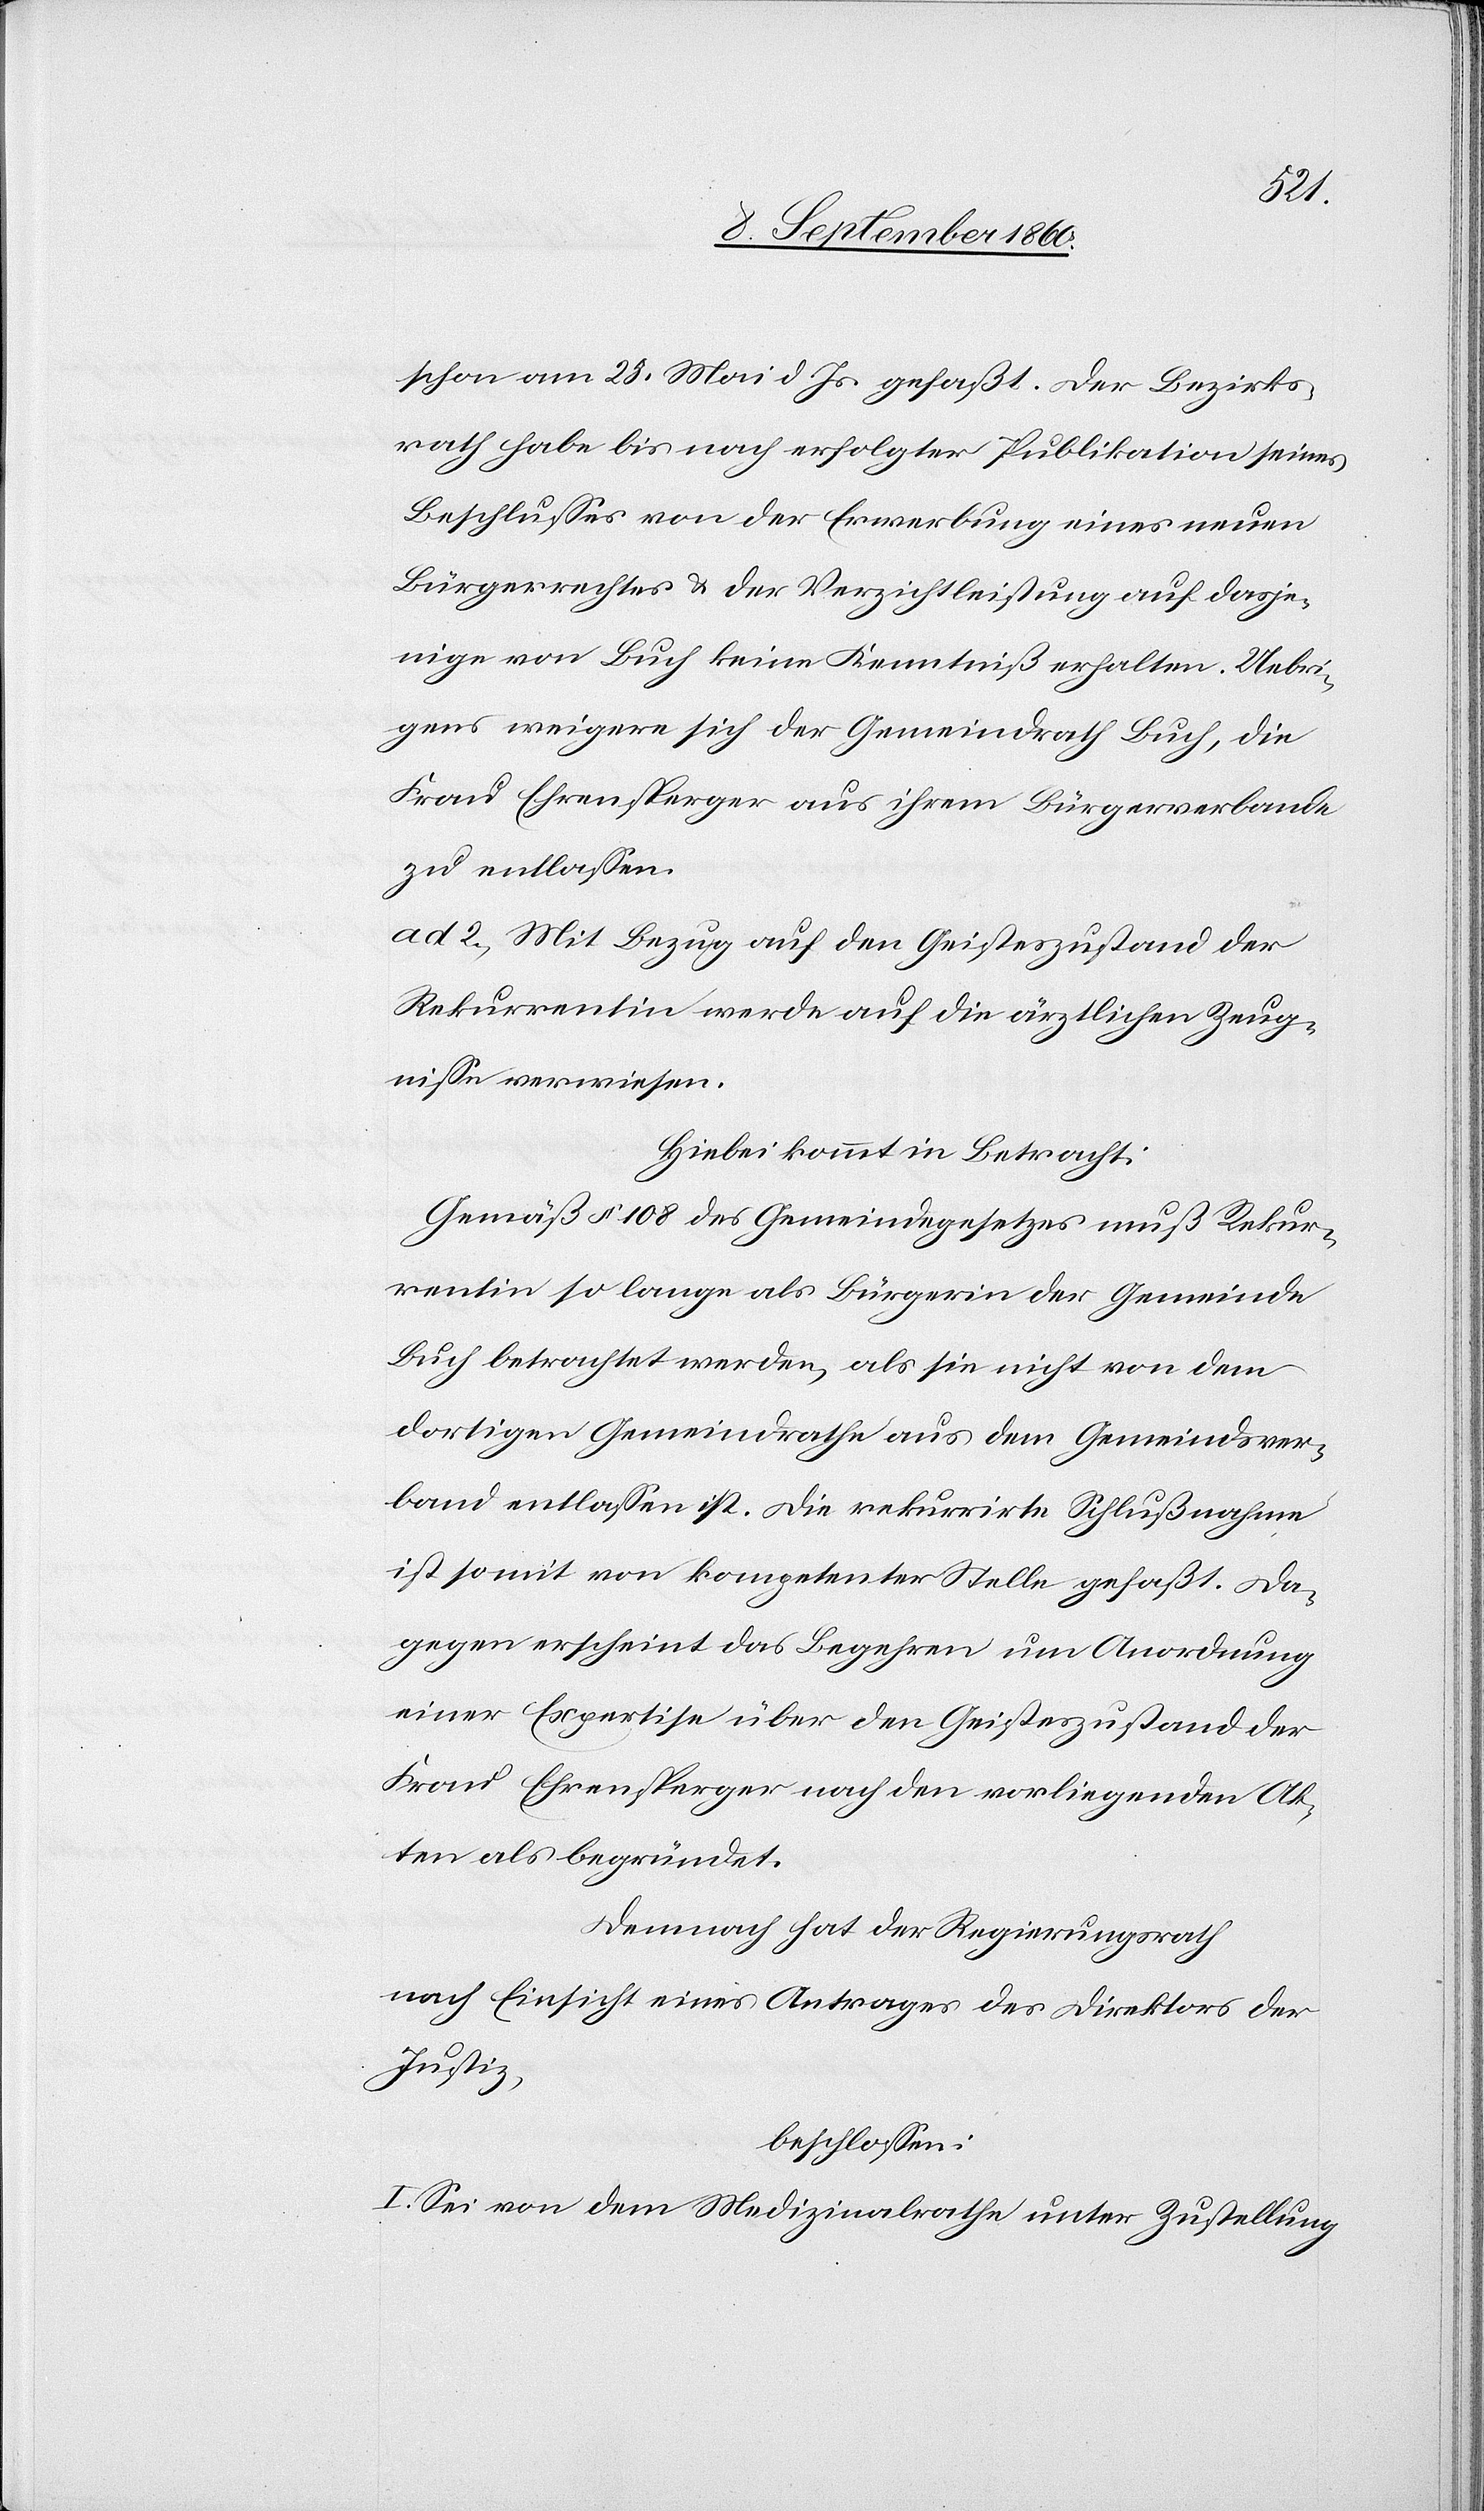
Uebri¬
schon am 25. Mai d. Js. gefasst. Der Bezirks¬
rath habe bis nach erfolgter Publikation seines
Beschlusses von der Erwerbung eines neuen
Bürgerrechtes u. der Verzichtleistung auf dasje¬
nige von Buch keine Kenntniss erhalten.
gens weigere sich der Gemeindrath Buch, die
Frau Ehrensperger aus ihrem Bürgerverbande
zu entlassen.
ad. 2) Mit Bezug auf den Geisteszustand der
Rekurrentin werde auf die ärztlichen Zeug¬
nisse verwiesen.
Hiebei kommt in Betracht:
Gemäss §. 108 des Gemeindegesetzes muss Rekur¬
rentin so lange als Bürgerin der Gemeinde
Buch betrachtet werden, als sie nicht von dem
dortigen Gemeindrathe aus dem Gemeindsver¬
bande entlassen ist. Die rekurrirte Schlussnahme
ist somit von kompetenter Stelle gefasst. Da¬
gegen erscheint das Begehren um Anordnung
einer Expertise über den Geisteszustand der
Frau Ehrensperger nach den vorliegenden Ak¬
ten als begründet.
Demnach hat der Regierungsrath,
nach Einsicht eines Antrages des Direktors der
Justiz,
beschlossen:
I. Sei von dem Medizinalrathe unter Zustell-